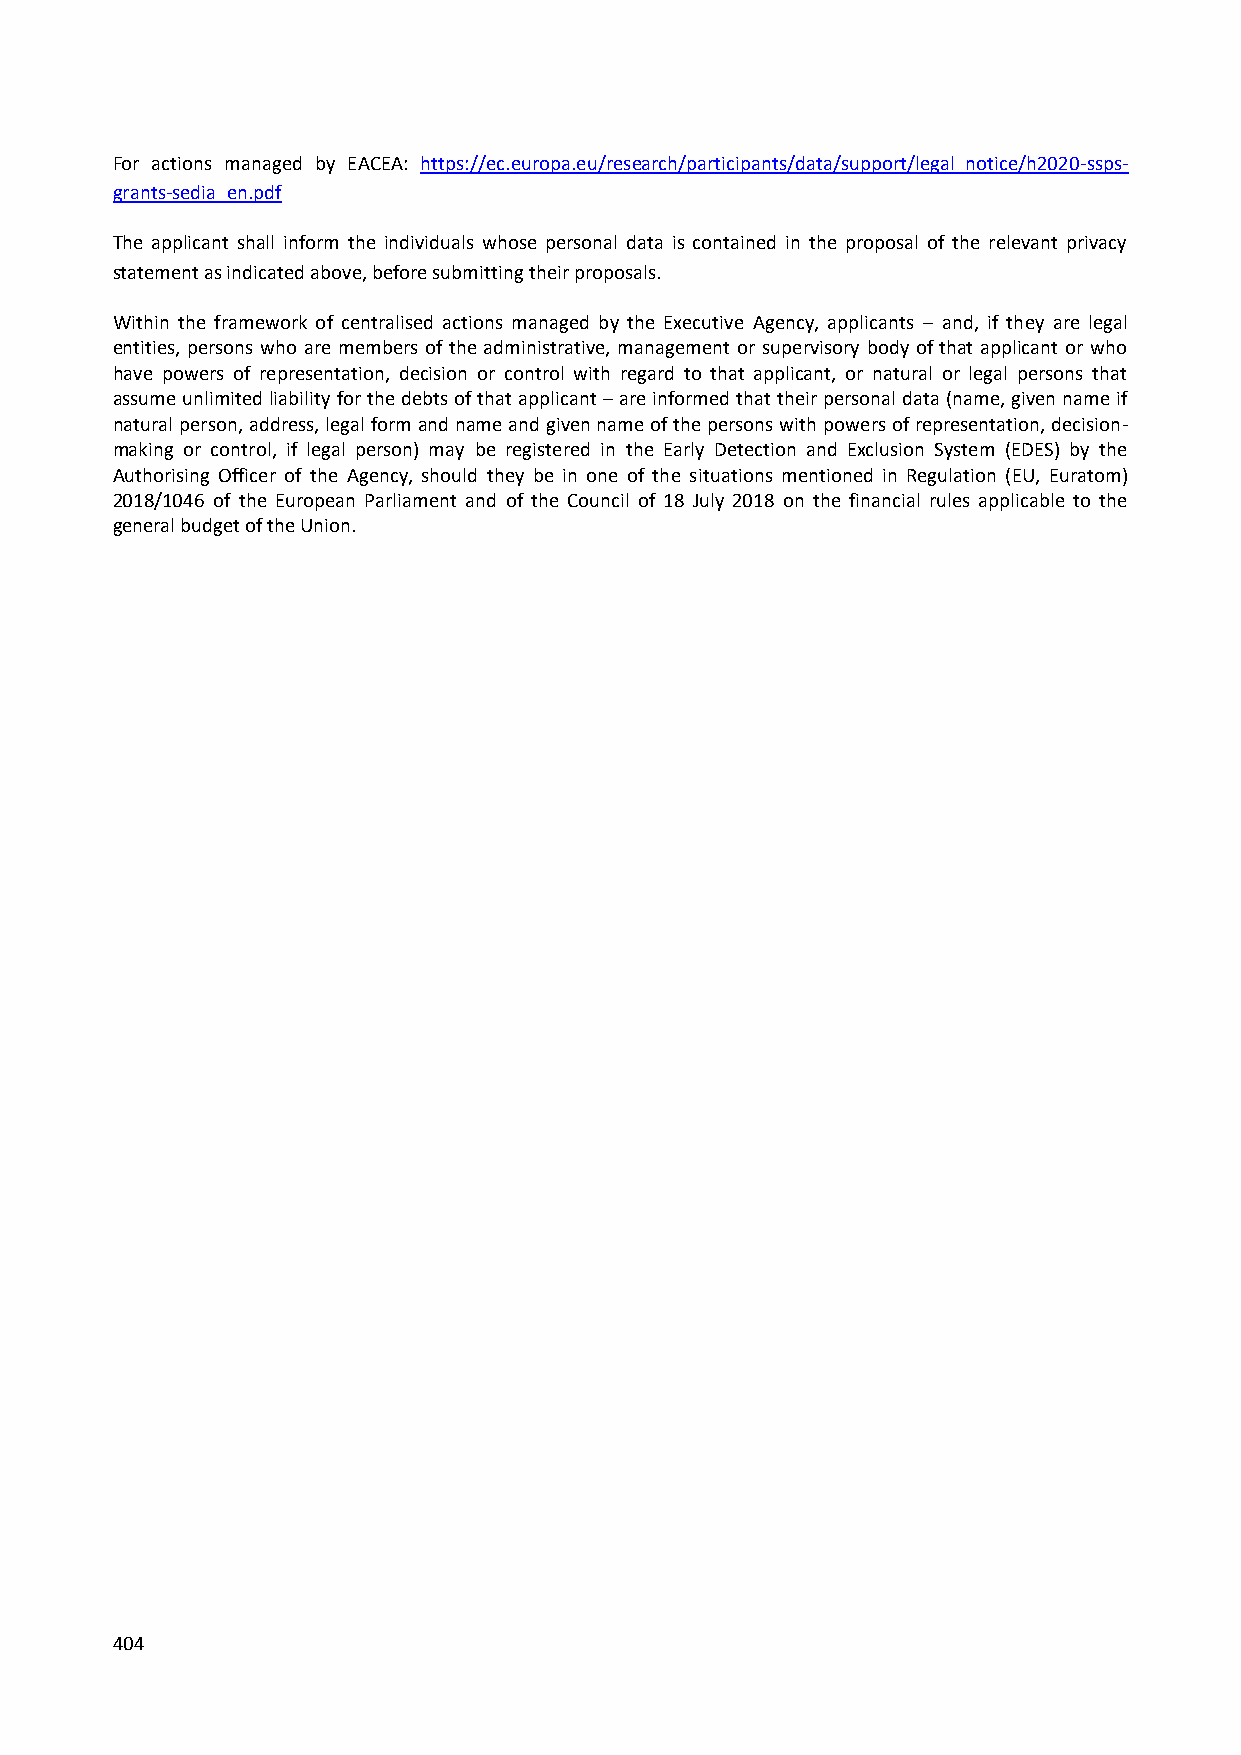
For actions managed by EACEA: https://ec.europa.eu/research/participants/data/support/legal_notice/h2020-ssps-
 grants-sedia_en.pdf
 The applicant shall inform the individuals whose personal data is contained in the proposal of the relevant privacy
 statement as indicated above, before submitting their proposals.
 Within the framework of centralised actions managed by the Executive Agency, applicants – and, if they are legal
 entities, persons who are members of the administrative, management or supervisory body of that applicant or who
 have powers of representation, decision or control with regard to that applicant, or natural or legal persons that
 assume unlimited liability for the debts of that applicant – are informed that their personal data (name, given name if
 natural person, address, legal form and name and given name of the persons with powers of representation, decision-
 making or control, if legal person) may be registered in the Early Detection and Exclusion System (EDES) by the
 Authorising Officer of the Agency, should they be in one of the situations mentioned in Regulation (EU, Euratom)
 2018/1046 of the European Parliament and of the Council of 18 July 2018 on the financial rules applicable to the
 general budget of the Union.
 404